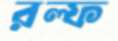
রল্ফ